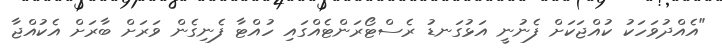
"އެއްދުވަހަކު ކުއްޖަކަށް ފެނުނީ އަޅުގަނޑު ރެސްޓޯރަންޓެއްގައި ހުއްޓާ ފެނިގެން ވަރަށް ބާރަށް އެކުއްޖާ